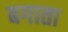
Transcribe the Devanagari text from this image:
बगाता